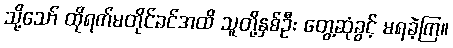
သို့သော် ထိုရက်မတိုင်ခင်အထိ သူတို့နှစ်ဦး တွေ့ဆုံခွင့် မရခဲ့ကြ။